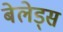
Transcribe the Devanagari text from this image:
बेलेड्स